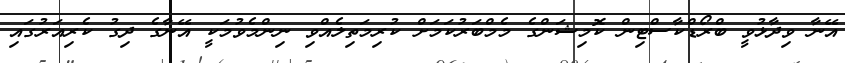
އޭނާ ވިދާޅުވީ ބްރޯޑްކާސްޓިން ކޮމިޝަންގެ މެމްބަރުކަމަށް ކުރިމަތިލެއްވި ނިންމެވުމަކީ އޭނާގެ ދިގު ކެރިއަރުގައި